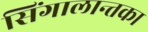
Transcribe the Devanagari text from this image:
सिंगालान्तका